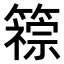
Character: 𫂦